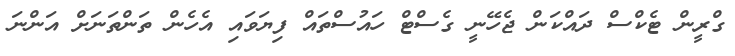
ގްރީން ޓެކްސް ދައްކަން ޖެހޭނީ ގެސްޓް ހައުސްތައް ފިޔަވައި އެހެން ތަންތަނަށް އަންނަ